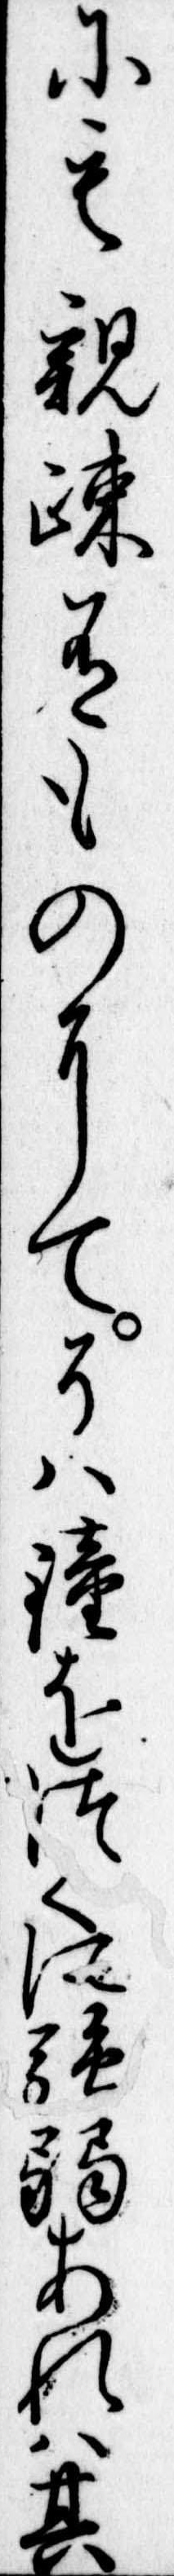
にも親疎有ものにてそは鐘をつくに強弱あれは其